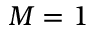
M = 1